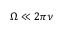
\Omega \ll 2 \pi \nu